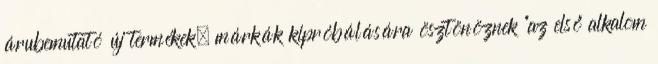
árubemutató új termékek, márkák kipróbálására ösztönöznek "az első alkalom